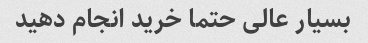
بسیار عالی حتما خرید انجام دهید